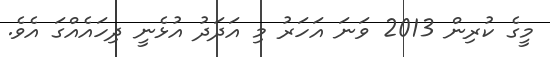
މީގެ ކުރިން 2013 ވަނަ އަހަރު މި އަދަދު އުޅެނީ ދިހައެއްގަ އެވެ.